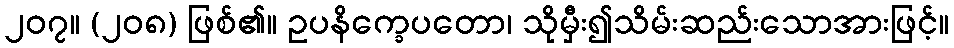
၂၀၇။ (၂၀၈) ဖြစ်၏။ ဥပနိက္ခေပတော၊ သိုမှီး၍သိမ်းဆည်းသောအားဖြင့်။